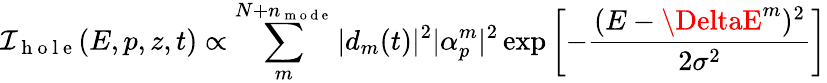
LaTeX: \mathcal{I}_{\mathrm{{~h~o~l~e~}}}(E,p,z,t)\propto\sum_{m}^{N+n_{\mathrm{{~m~o~d~e~}}}}|d_{m}(t)|^{2}|\alpha_{p}^{m}|^{2}\exp\left[-\frac{{(E-\DeltaE^{m})^{2}}}{{2\sigma^{2}}}\right]